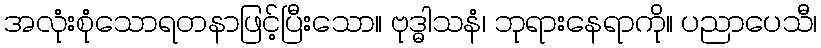
အလုံးစုံသောရတနာဖြင့်ပြီးသော။ ဗုဒ္ဓါသနံ၊ ဘုရားနေရာကို။ ပညာပေသီ၊